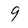
Character: 9